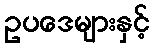
ဥပဒေများနှင့်